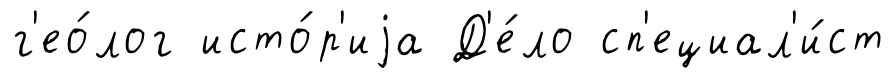
г'ео́лог исто́р'иjа Д'е́ло сп'ециал'и́ст